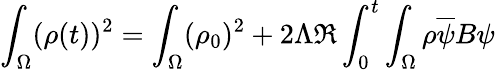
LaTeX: \int_{\Omega}(\rho(t))^{2}=\int_{\Omega}(\rho_{0})^{2}+2\Lambda\Re\int_{0}^{t}\int_{\Omega}\rho\overline{{\psi}}B\psi